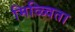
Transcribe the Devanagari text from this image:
मिळ्विता